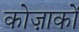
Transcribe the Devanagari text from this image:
कोज़ाकों